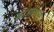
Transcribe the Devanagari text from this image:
द्यामुतेमां